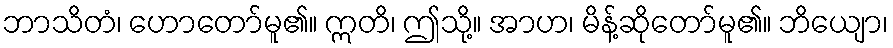
ဘာသိတံ၊ ဟောတော်မူ၏။ ဣတိ၊ ဤသို့။ အာဟ၊ မိန့်ဆိုတော်မူ၏။ ဘိယျော၊